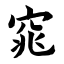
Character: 窕